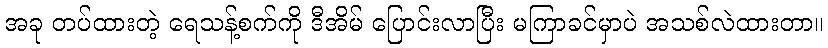
အခု တပ်ထားတဲ့ ရေသန့်စက်ကို ဒီအိမ် ပြောင်းလာပြီး မကြာခင်မှာပဲ အသစ်လဲထားတာ။